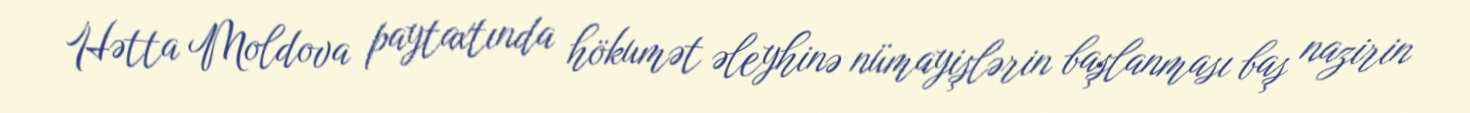
Hətta Moldova paytaxtında hökumət əleyhinə nümayişlərin başlanması baş nazirin